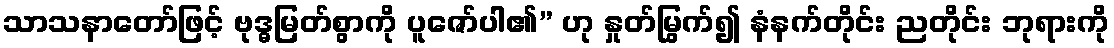
သာသနာတော်ဖြင့် ဗုဒ္ဓမြတ်စွာကို ပူဇော်ပါ၏” ဟု နှုတ်မြွက်၍ နံနက်တိုင်း ညတိုင်း ဘုရားကို